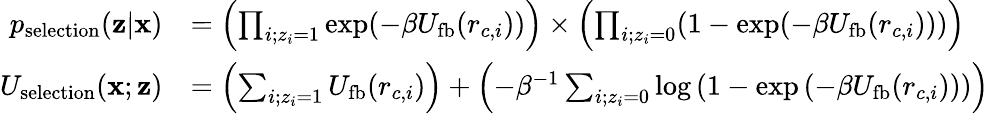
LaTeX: \begin{array}{rl}{p_{\mathrm{selection}}(\mathbf{z}|\mathbf{x})}&{=\left(\prod_{i;z_{i}=1}\exp(-\beta U_{\mathrm{fb}}(r_{c,i}))\right)\times\left(\prod_{i;z_{i}=0}(1-\exp(-\beta U_{\mathrm{fb}}(r_{c,i})))\right)}\\ {U_{\mathrm{selection}}(\mathbf{x};\mathbf{z})}&{=\left(\sum_{i;z_{i}=1}U_{\mathrm{fb}}(r_{c,i})\right)+\left(-\beta^{-1}\sum_{i;z_{i}=0}\log\left(1-\exp\left(-\beta U_{\mathrm{fb}}(r_{c,i})\right)\right)\right)}\end{array}